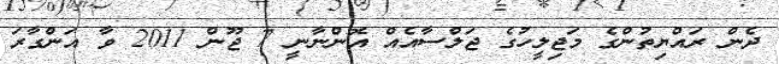
ދެން ރައްޔިތުންގެ މަޖިލީހުގެ ޖަލްސާއެއް އޮންނާނީ 7 ޖޫން 2011 ވާ އަންގާރަ